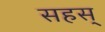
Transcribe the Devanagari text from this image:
सहस्